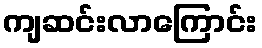
ကျဆင်းလာကြောင်း